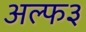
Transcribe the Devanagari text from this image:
अल्फ३